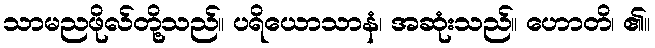
သာမညဖိုလ်တို့သည်။ ပရိယောသာနံ၊ အဆုံးသည်။ ဟောတိ၊ ၏။